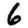
Digit: 6